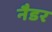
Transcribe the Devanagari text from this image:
नैडर